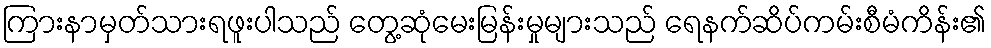
ကြားနာမှတ်သားရဖူးပါသည် တွေ့ဆုံမေးမြန်းမှုများသည် ရေနက်ဆိပ်ကမ်းစီမံကိန်း၏